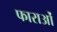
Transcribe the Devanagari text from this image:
फाराओं